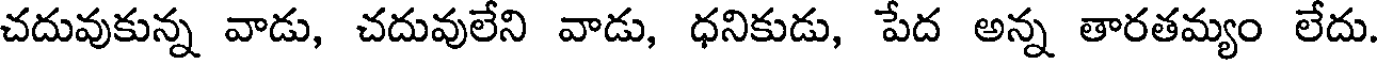
చదువుకున్న వాడు, చదువులేని వాడు, ధనికుడు, పేద అన్న తారతమ్యం లేదు.